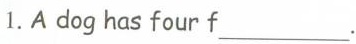
1.A dog has four f___.